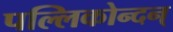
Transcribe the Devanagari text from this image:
पल्लिकोन्दन्